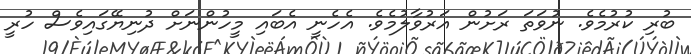
ބުރި ކުރުމެވެ. ނުވަތަ ރަށުން އަރުވާލުމެވެ. އެހެނީ އެބައި މީހުންނަށް ދުނިޔޭގައިވެސް ހުރީ